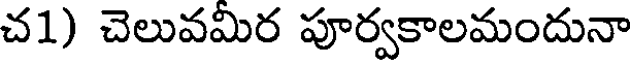
చ1) చెలువమిర పూర్వకాలమందునా